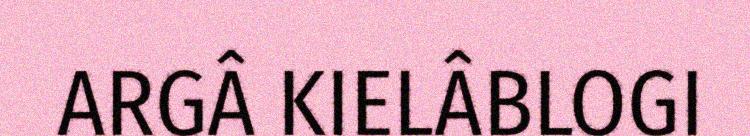
ARGÂ KIELÂBLOGI